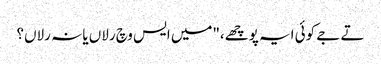
تے جے کوئی ایہ پوچھے،"میں ایس وچ رلاں یا نہ رلاں؟